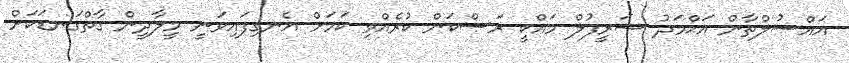
އައްސުލްތާން އަޙްމަދު ޝަރީފުލް މައްކީ ރަސްކަން ކުރެއްވި ކަމަށް އެނގިފައިވަނީ މީލާދީން ގާތްގަނޑަކަށް